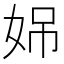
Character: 𪥳